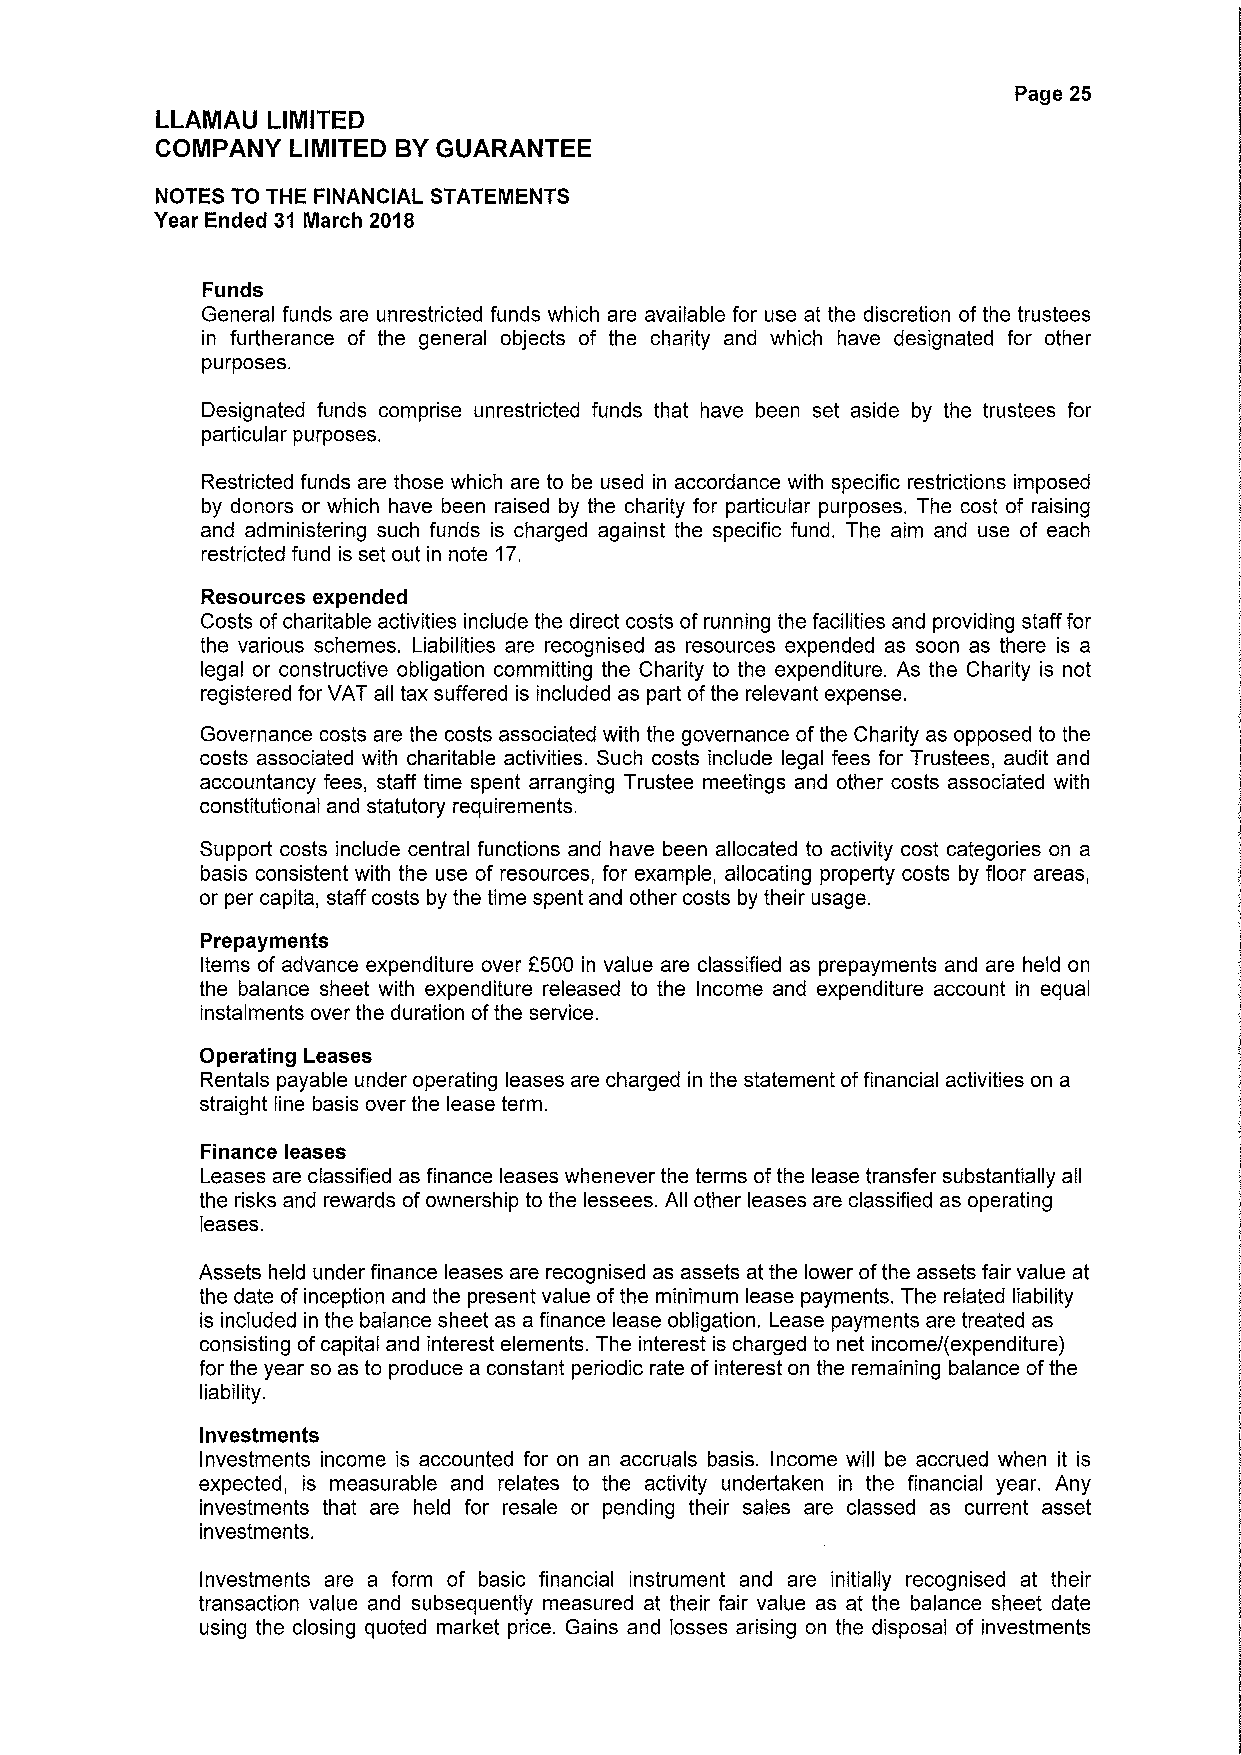
Page 25
 LLAMAU  LIMITED
 COMPANY  LIMITED BYGUARANTEE
 NOTES TO THE FINANCIAL STATEMENTS
 Year Ended 31 March 2018
 Funds
 General funds are unrestricted funds which are available for use at the discretion of the trustees
 in furtherance of the general objects of the charity and which have designated for other
 purposes.
 Designated funds comprise unrestricted funds that have been set aside by the trustees for
 particular purposes.
 Restricted funds are those which are to be used in accordance with specific restrictions imposed
 by donors or which have been raised by the charity for particular purposes. The cost of raising
 and administering such funds is charged against the specific fund. The aim and use of each
 restricted fund is set out in note 17.
 Resources expended
 Costs ofcharitable activities include the direct costs of running the facilities and providing staff for
 the various schemes. Liabilities are recognised as resources expended as soon as there is a
 legal or constructive obligation committing the Charity to the expenditure. As the Charity is not
 registered for VAT all tax suffered is included as part ofthe relevant expense.
 Governance costs are the costs associated with the governance ofthe Charity as opposed to the
 costs associated with charitable activities. Such costs include legal fees for Trustees, audit and
 accountancy fees, staff time spent arranging Trustee meetings and other costs associated with
 constitutional and statutory requirements.
 Support costs include central functions and have been allocated to activity cost categories on a
 basis consistent with the use of resources, for example, allocating property costs by floor areas,
 or per capita, staff costs by the time spent and other costs by their usage.
 Prepayments
 Items of advance expenditure over f500 in value are classified as prepayments and are held on
 the balance sheet with expenditure released to the Income and expenditure account in equal
 instalments over the duration ofthe service.
 Operating Leases
 Rentals payable under operating leases are charged in the statement offinancial activities on a
 straight line basis over the lease term.
 Finance leases
 Leases are classified as finance leases whenever the terms ofthe lease transfer substantially all
 the risks and rewards ofownership to the lessees. All other leases are classified as operating
 leases.
 Assets held under finance leases are recognised as assets at the lower ofthe assets fair value at
 the date of inception and the present value ofthe minimum lease payments. The related liability
 is included in the balance sheet as a finance lease obligation. Lease payments are treated as
 consisting ofcapital and interest elements. The interest is charged to net income/(expenditure)
 for the year so as to produce a constant periodic rate ofinterest on the remaining balance ofthe
 liability.
 Investments
 Investments income is accounted for on an accruals basis. Income will be accrued when it is
 expected, is measurable and relates to the activity undertaken in the financial year. Any
 investments that are held for resale or pending their sales are classed as current asset
 investments.
 Investments are a form of basic financial instrument and are initially recognised at their
 transaction value and subsequently measured at their fair value as at the balance sheet date
 using the closing quoted market price. Gains and losses arising on the disposal of investments